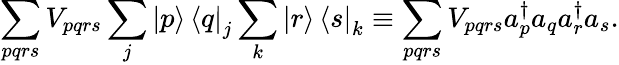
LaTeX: \sum_{pqrs}V_{pqrs}\sum_{j}\mathinner{|{p}\rangle}\mathinner{\langle{q}|}_{j}\sum_{k}\mathinner{|{r}\rangle}\mathinner{\langle{s}|}_{k}\equiv\sum_{pqrs}V_{pqrs}a_{p}^{\dagger}a_{q}a_{r}^{\dagger}a_{s}.